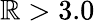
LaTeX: \mathbb{R}>3.0